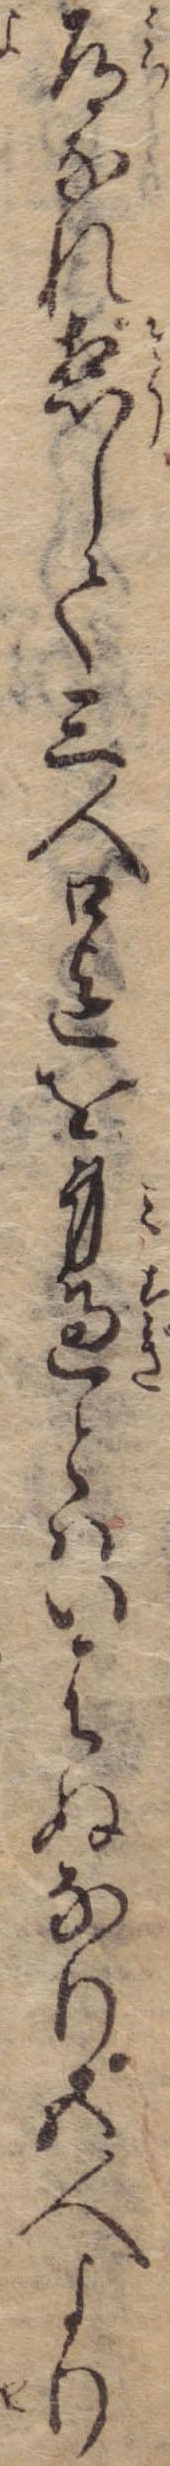
道なれ惣して三人口迄を身過とはいはぬなり五人より